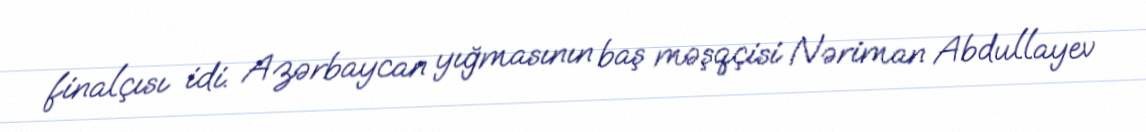
finalçısı idi. Azərbaycan yığmasının baş məşqçisi Nəriman Abdullayev